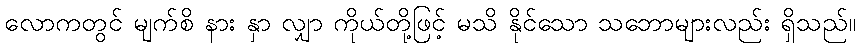
လောကတွင် မျက်စိ နား နှာ လျှာ ကိုယ်တို့ဖြင့် မသိ နိုင်သော သဘောများလည်း ရှိသည်။